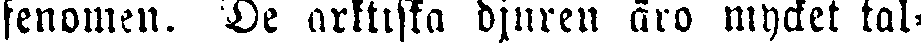
fenomen. De arktiska djuren äro mycket tal-